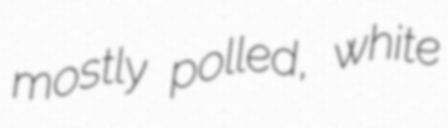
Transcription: mostly polled, white